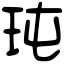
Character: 𤤀